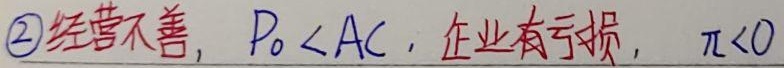
\textcircled{2} 经营不善，\(P_0 < AC\)，企业有亏损，\(\pi<0\)